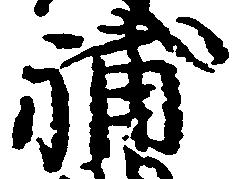
補